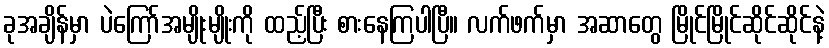
ခုအချိန်မှာ ပဲကြော်အမျိုးမျိုးကို ထည့်ပြီး စားနေကြပါပြီ။ လက်ဖက်မှာ အဆာတွေ မြိုင်မြိုင်ဆိုင်ဆိုင်နဲ့